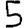
Digit: 5